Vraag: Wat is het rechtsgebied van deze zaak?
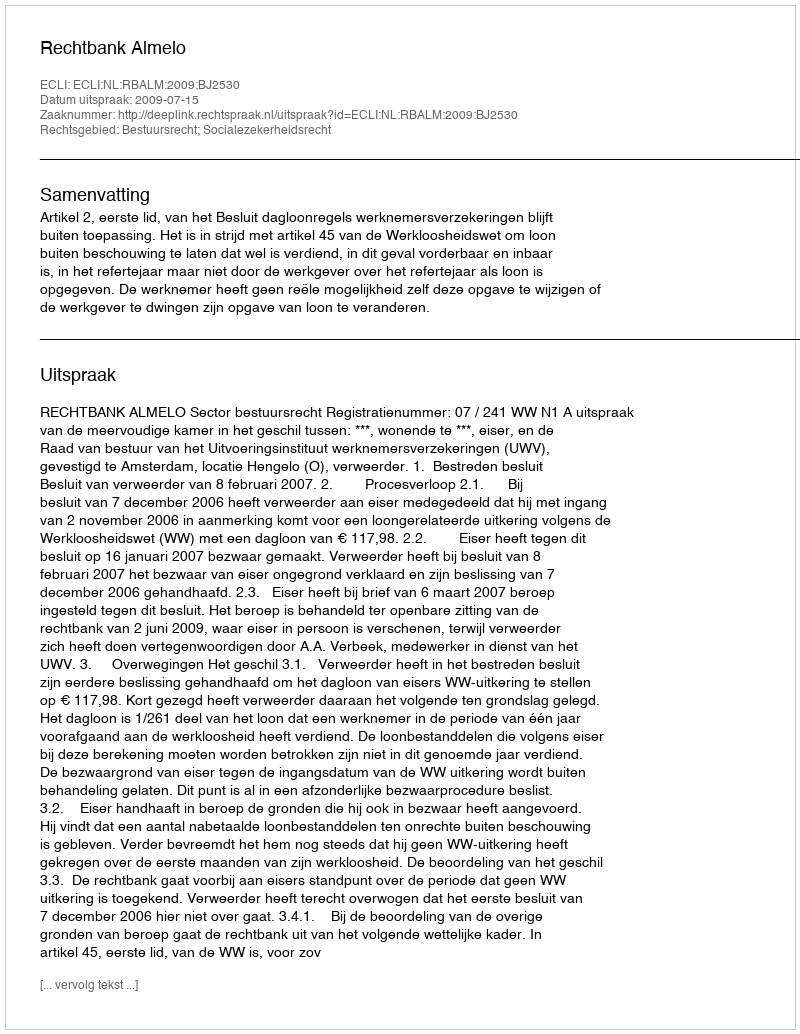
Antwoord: Bestuursrecht; Socialezekerheidsrecht